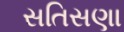
સતિસણા